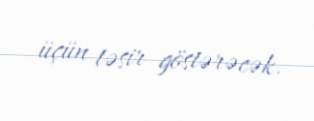
üçün təsir göstərəcək.